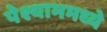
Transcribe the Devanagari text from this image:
पेश्याभमध्ये